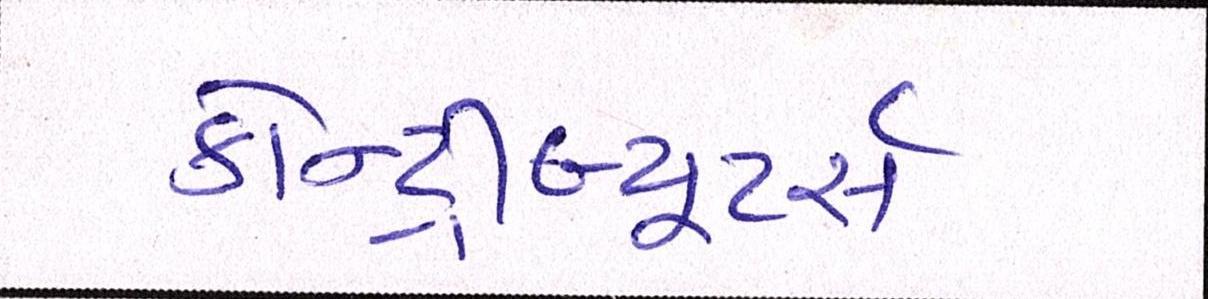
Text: કોન્ટ્રીબ્યૂટર્સઃ